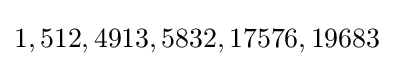
1,512,4913,5832,17576,19683